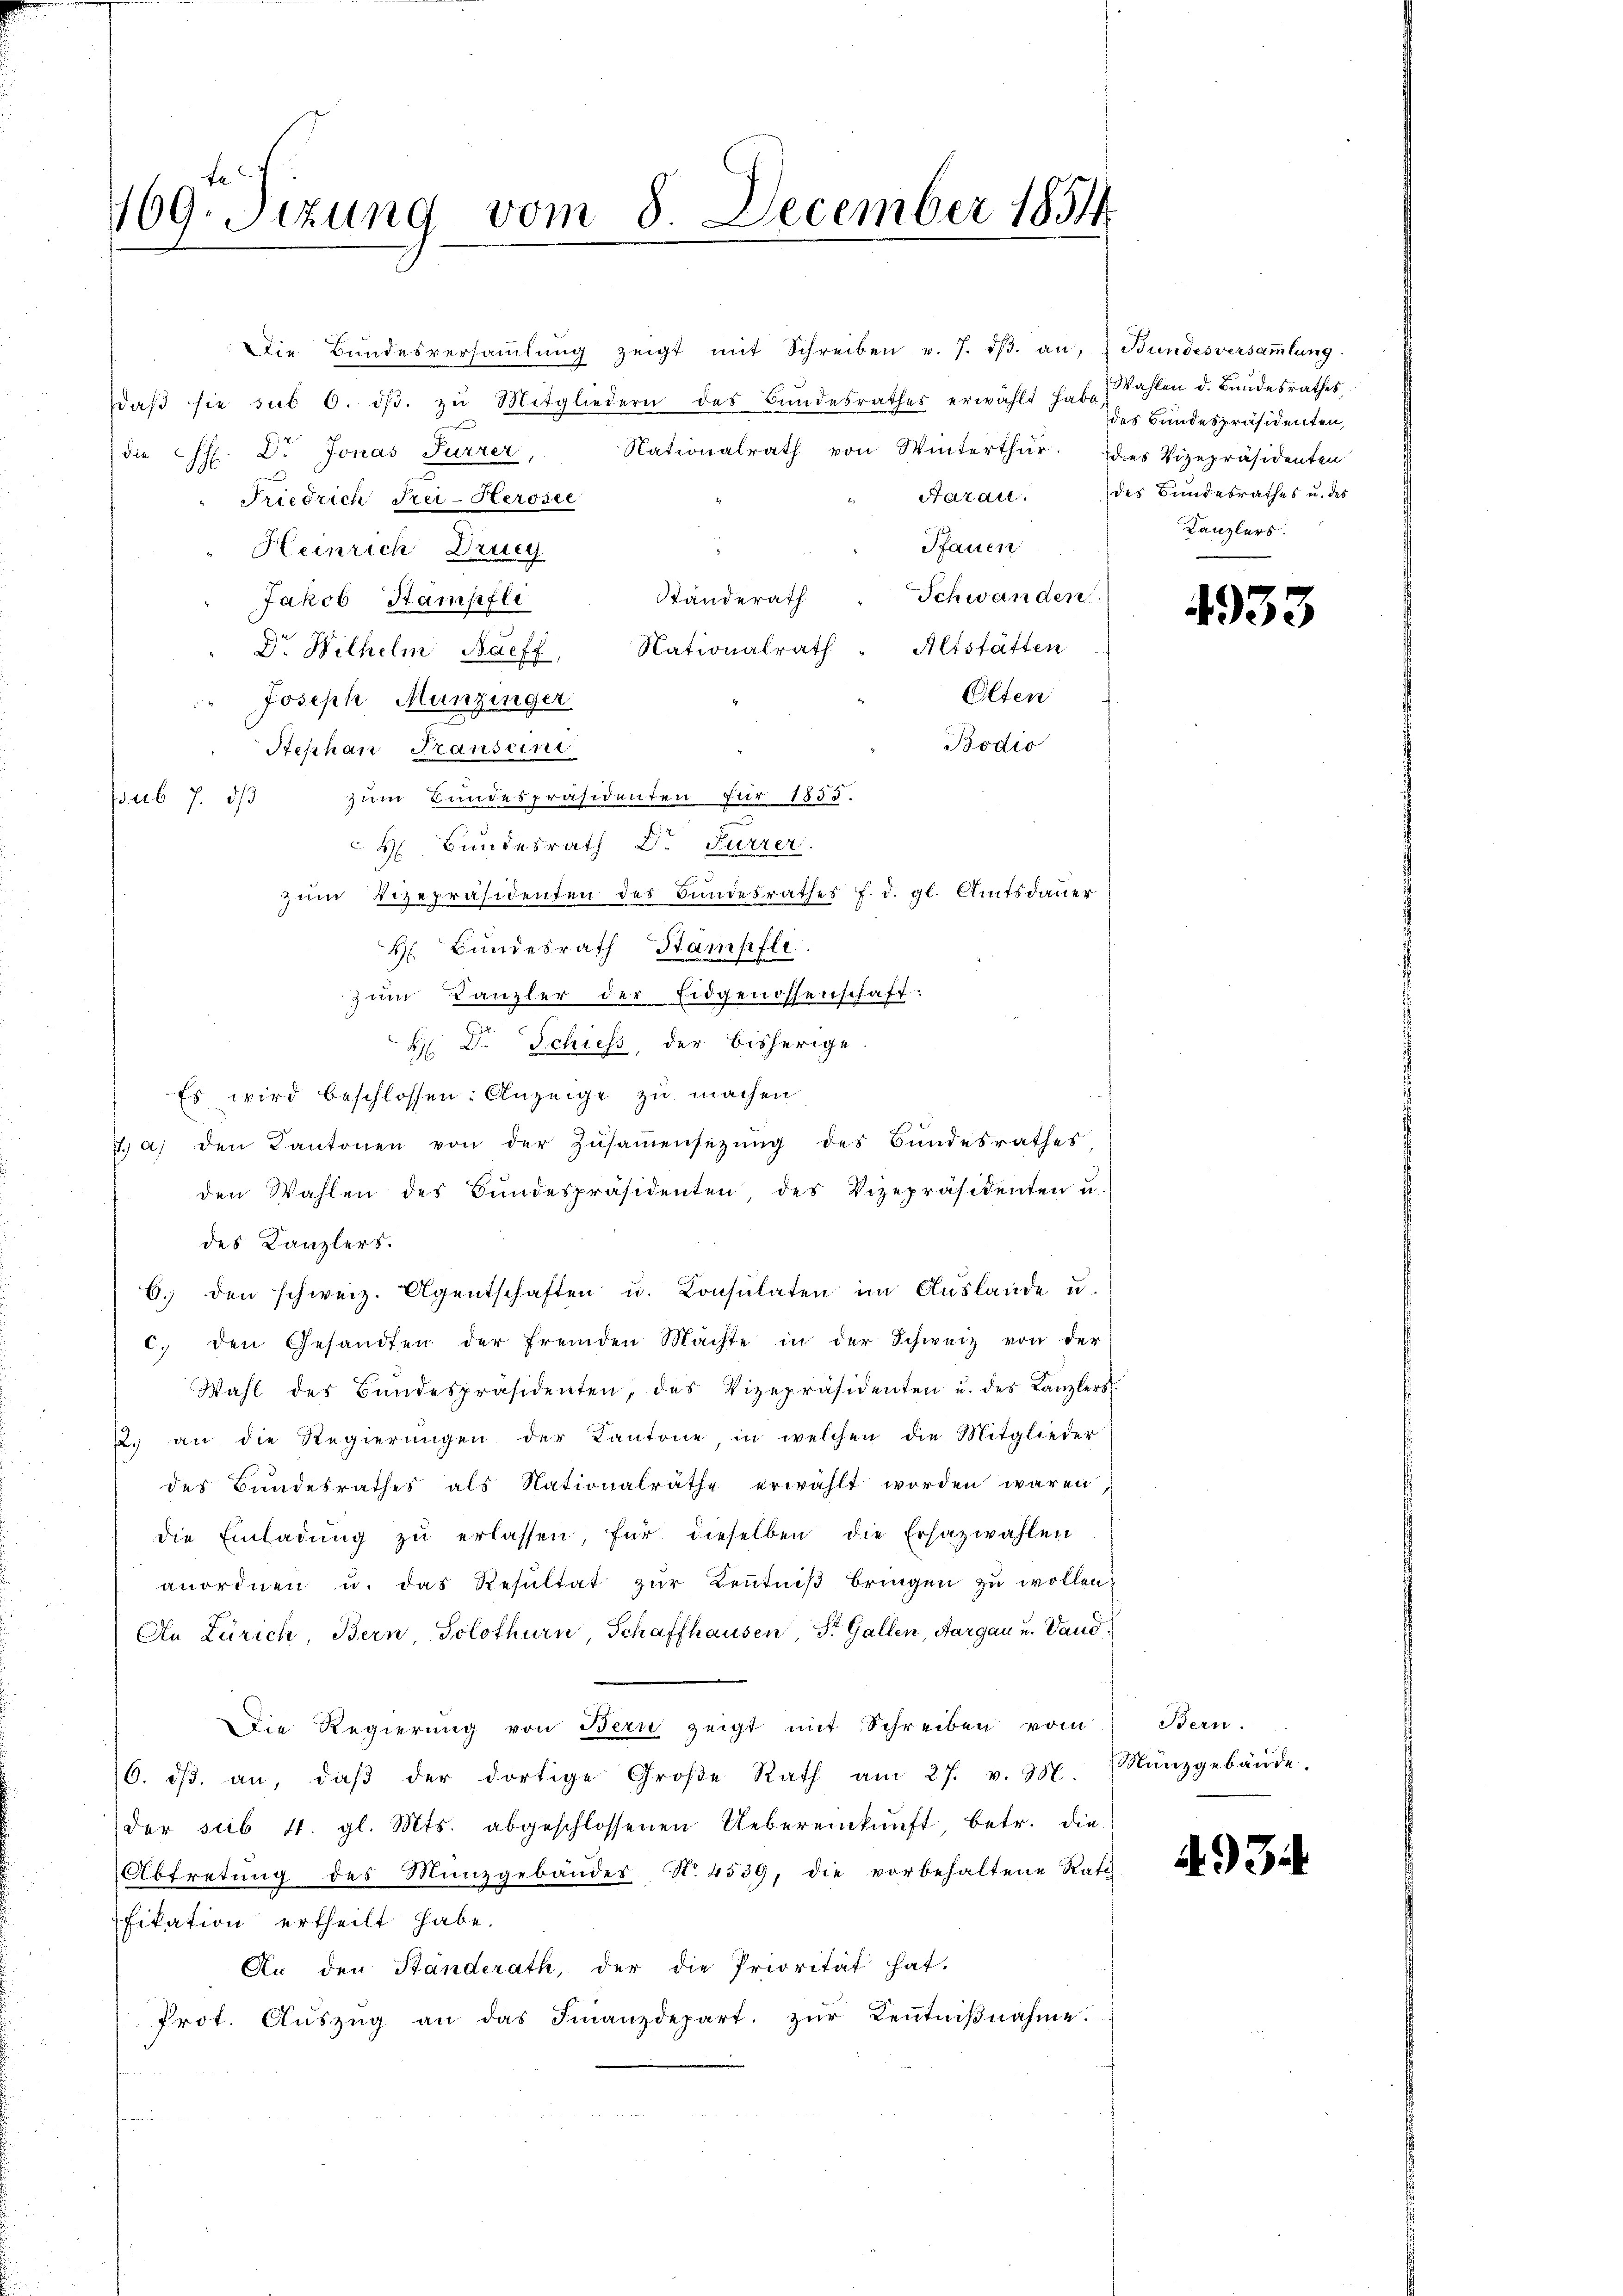
te
169. Sizung vom 8. December 1854

Die Bŭndesversaṁlŭng zeigt mit Schreiben v. 7. dβ. an, & Bundesversaṁlŭng.
daβ sie sub 6. dβ. zŭ Mitgliedern des Bŭndesrathes erwählt habe Wahlen d. Bundesrathes
Nationalrath von Winterthur. des Vizepräsidenten
die H. Dr Jonas Furrer,
Aarau.
Friedrich Frei-Herosee
Pfauen
Heinrich Druc
Schwanden.
Standerath
Jakob Stampfli
Altstatten
Nationalrath
Dr. Wilhelm Nachf
Olten
" Joseph, Munzinger
Bodis
Stephan Hanseine
zum Bundespräsidenten für 1855.
pub 7. ds
H Bundesrath Dr. Furrer.
zum Vizepräsidenten des Bundesrathes f. d. gl. Amtsdauer
H Bundesrath Stampfle
zum Kanzler der Eidgenossenschaft:
H Dr. Schiess, der bisherige
Es wird beschlossen: Anzeige zu machen
7. a) den Kantonen von der Zŭsaṁensetzŭng des Bŭndesrathes
den Wahlen des Bŭndespräsidenten des Vizepräsidenten u.
des Kanzlers.
6. den schweiz. Agentschaften u. Consulaten im Auslande u.
c. den Gesandten der fremden Machte in der Schweiz von der
Wahl des Bŭndespräsidenten, das Vizepräsidenten u. des Kanzlers.
22. an die Regierŭngen der Kantone, in welchen die Mitglieder
des Bundesrathes als Nationalräthe erwählt worden waren
die Einladŭng zŭ erlassen, für dieselben die Ersazwahlen
anordnen u. das Resŭltat zŭr Keṅtniβ bringen zŭ wollen.
An Zürich, Bern, Solothurn, Schaffhausen, S. Gallen, Aargau u. Vand
Die Regierung von Bern zeigt mit Schreiben vom
(6. dβ. an, daβ der dortige Große Rath am 27. v. M. Münzgebäŭde.
der sub. 4. gl. Mts. abgeschlossenen Uebereinkunft, betr. die
Abtretŭng des Münzgebäuder N. 4539, die vorbehaltene Rati
fikation ertheilt habe.
An den Standerath, der die Priorität hat.
Prot. Aŭszŭg an das Finanzdepart. zŭr Keṅtniβnahme.

des Bundespräsidenten,
des Bundesrathes u. des
Kanzlers.

4933

Bern.

493.